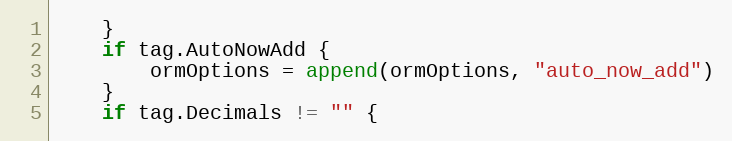
Language: Go
	}
	if tag.AutoNowAdd {
		ormOptions = append(ormOptions, "auto_now_add")
	}
	if tag.Decimals != "" {